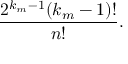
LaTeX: \frac { 2 ^ { k _ { m } - 1 } ( k _ { m } - 1 ) ! } { n ! } .